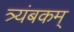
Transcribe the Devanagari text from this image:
त्र्यंबकम्